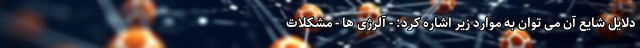
دلایل شایع آن می توان به موارد زیر اشاره کرد: - آلرژی ها - مشکلات